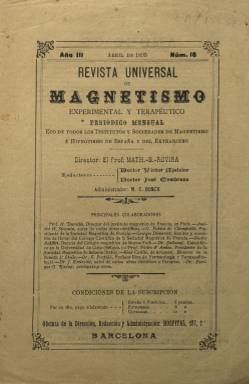
Título: Revista universal de magnetismo experimental y terapéutico
Otros títulos: Revista universal de magnetismo
Colección: Espiritismo
Ámbito geográfico: Barcelona
Lugar de publicación: Barcelona
Fechas: 01/04/1895-30/04/1895

La colección de este título barcelonés en la Biblioteca Nacional de España sólo la integra su número 16, correspondiente a abril de 1895, en su tercer año de edición. Es una entrega en cuya cubierta se indica que este periódico mensual es “eco de todos los institutos y sociedades de magnetismo e hipnotismo de España y el Extranjero”. El nombre de su director (El Prof. Math. – N. – Rovira) no ha podido ser identificado, pero sí el de sus dos redactores: el médico cirujano y espiritista Víctor Melcior Farré (1860-1929) y el doctor José Cembrano Ferrer, del que se sabe que estuvo incurso tras la guerra civil (1936-1939) en un proceso como masón, que sería sobreseído por su fallecimiento, que pudo serlo en 1932. También indica en su cabecera un cuadro de sus principales colaboradores, entre los que se encuentran doctores, profesores y escritores relacionados con instituciones y sociedades magnéticas establecidas en otras ciudades europeas o en Nueva York. Los citados doctores españoles practicaron su ciencia de forma altruista en una institución hospitalaria barcelonesa por esa época. La entrega, con foliación continuada, contiene la continuación de un artículo. La revista inserta también algunos anuncios publicitarios de libros sobre el espiritismo y la hipnosis. J.M. Calbet Camarasa llevó a cabo, en 1967, su tesis doctoral sobre la prensa médica en Cataluña